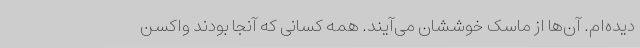
دیده‌ام. آن‌ها از ماسک خوششان می‌آیند. همه کسانی که آنجا بودند واکسن